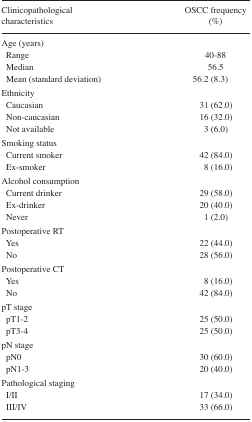
<table><thead><tr><td><b>Clinicopathological characteristics</b></td><td><b>OSCC frequency (%)</b></td></tr></thead><tbody><tr><td colspan="2">Age (years)</td></tr><tr><td> Range</td><td>40–88</td></tr><tr><td> Median</td><td>56.5</td></tr><tr><td> Mean (standard deviation)</td><td>56.2 (8.3)</td></tr><tr><td colspan="2">Ethnicity</td></tr><tr><td> Caucasian</td><td>31 (62.0)</td></tr><tr><td> Non-caucasian</td><td>16 (32.0)</td></tr><tr><td> Not available</td><td>3 (6.0)</td></tr><tr><td colspan="2">Smoking status</td></tr><tr><td> Current smoker</td><td>42 (84.0)</td></tr><tr><td> Ex-smoker</td><td>8 (16.0)</td></tr><tr><td colspan="2">Alcohol consumption</td></tr><tr><td> Current drinker</td><td>29 (58.0)</td></tr><tr><td> Ex-drinker</td><td>20 (40.0)</td></tr><tr><td> Never</td><td>1 (2.0)</td></tr><tr><td colspan="2">Postoperative RT</td></tr><tr><td> Yes</td><td>22 (44.0)</td></tr><tr><td> No</td><td>28 (56.0)</td></tr><tr><td colspan="2">Postoperative CT</td></tr><tr><td> Yes</td><td>8 (16.0)</td></tr><tr><td> No</td><td>42 (84.0)</td></tr><tr><td colspan="2">pT stage</td></tr><tr><td> pT1–2</td><td>25 (50.0)</td></tr><tr><td> pT3–4</td><td>25 (50.0)</td></tr><tr><td colspan="2">pN stage</td></tr><tr><td> pN0</td><td>30 (60.0)</td></tr><tr><td> pN1–3</td><td>20 (40.0)</td></tr><tr><td colspan="2">Pathological staging</td></tr><tr><td> I/II</td><td>17 (34.0)</td></tr><tr><td> III/IV</td><td>33 (66.0)</td></tr></tbody></table>